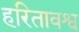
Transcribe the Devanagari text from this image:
हरितावश्व